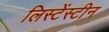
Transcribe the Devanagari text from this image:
लिस्टेंस्टीन